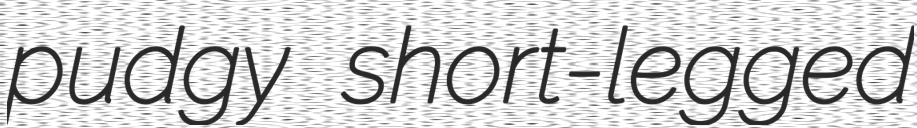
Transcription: pudgy short-legged